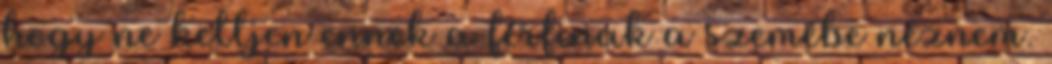
hogy ne kelljen ennek a férfinak a szemébe néznem.